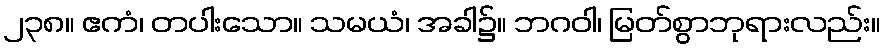
၂၃၈။ ဧကံ၊ တပါးသော။ သမယံ၊ အခါ၌။ ဘဂဝါ၊ မြတ်စွာဘုရားလည်း။